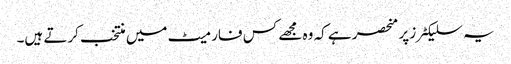
یہ سلیکٹرز پر منحصر ہے کہ وہ مجھے کس فارمیٹ میں منتخب کرتے ہیں۔